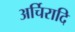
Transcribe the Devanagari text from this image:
अर्चिरादि